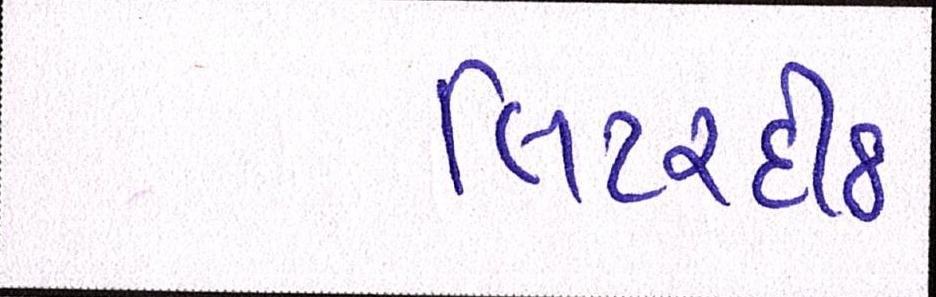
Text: લિટરદીઠ